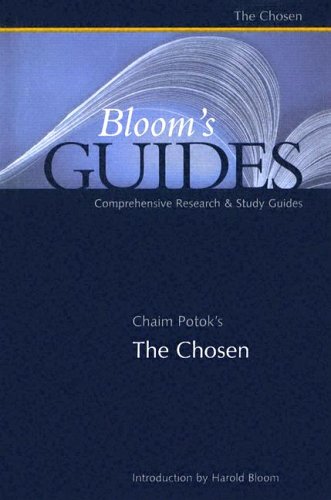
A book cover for Chaim Potok's The Chosen (Bloom's Guides); Teen & Young Adult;